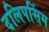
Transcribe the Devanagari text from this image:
दलिपसिंग